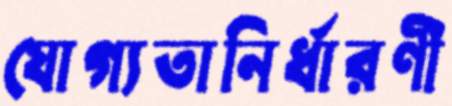
যোগ্যতানির্ধারণী